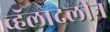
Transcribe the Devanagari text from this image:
व्हॅलादलीन